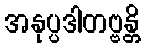
အနုပ္ပဒါတဗ္ဗန္တိ